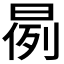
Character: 𣈙